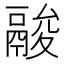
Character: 𩰺